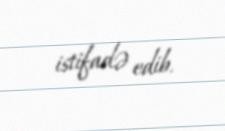
istifadə edib.